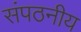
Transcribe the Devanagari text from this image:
संपठनीय